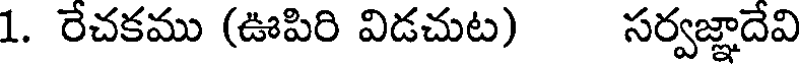
1. రేచకము (ఊపిరి విడచుట) సర్వజ్ఞాదేవి